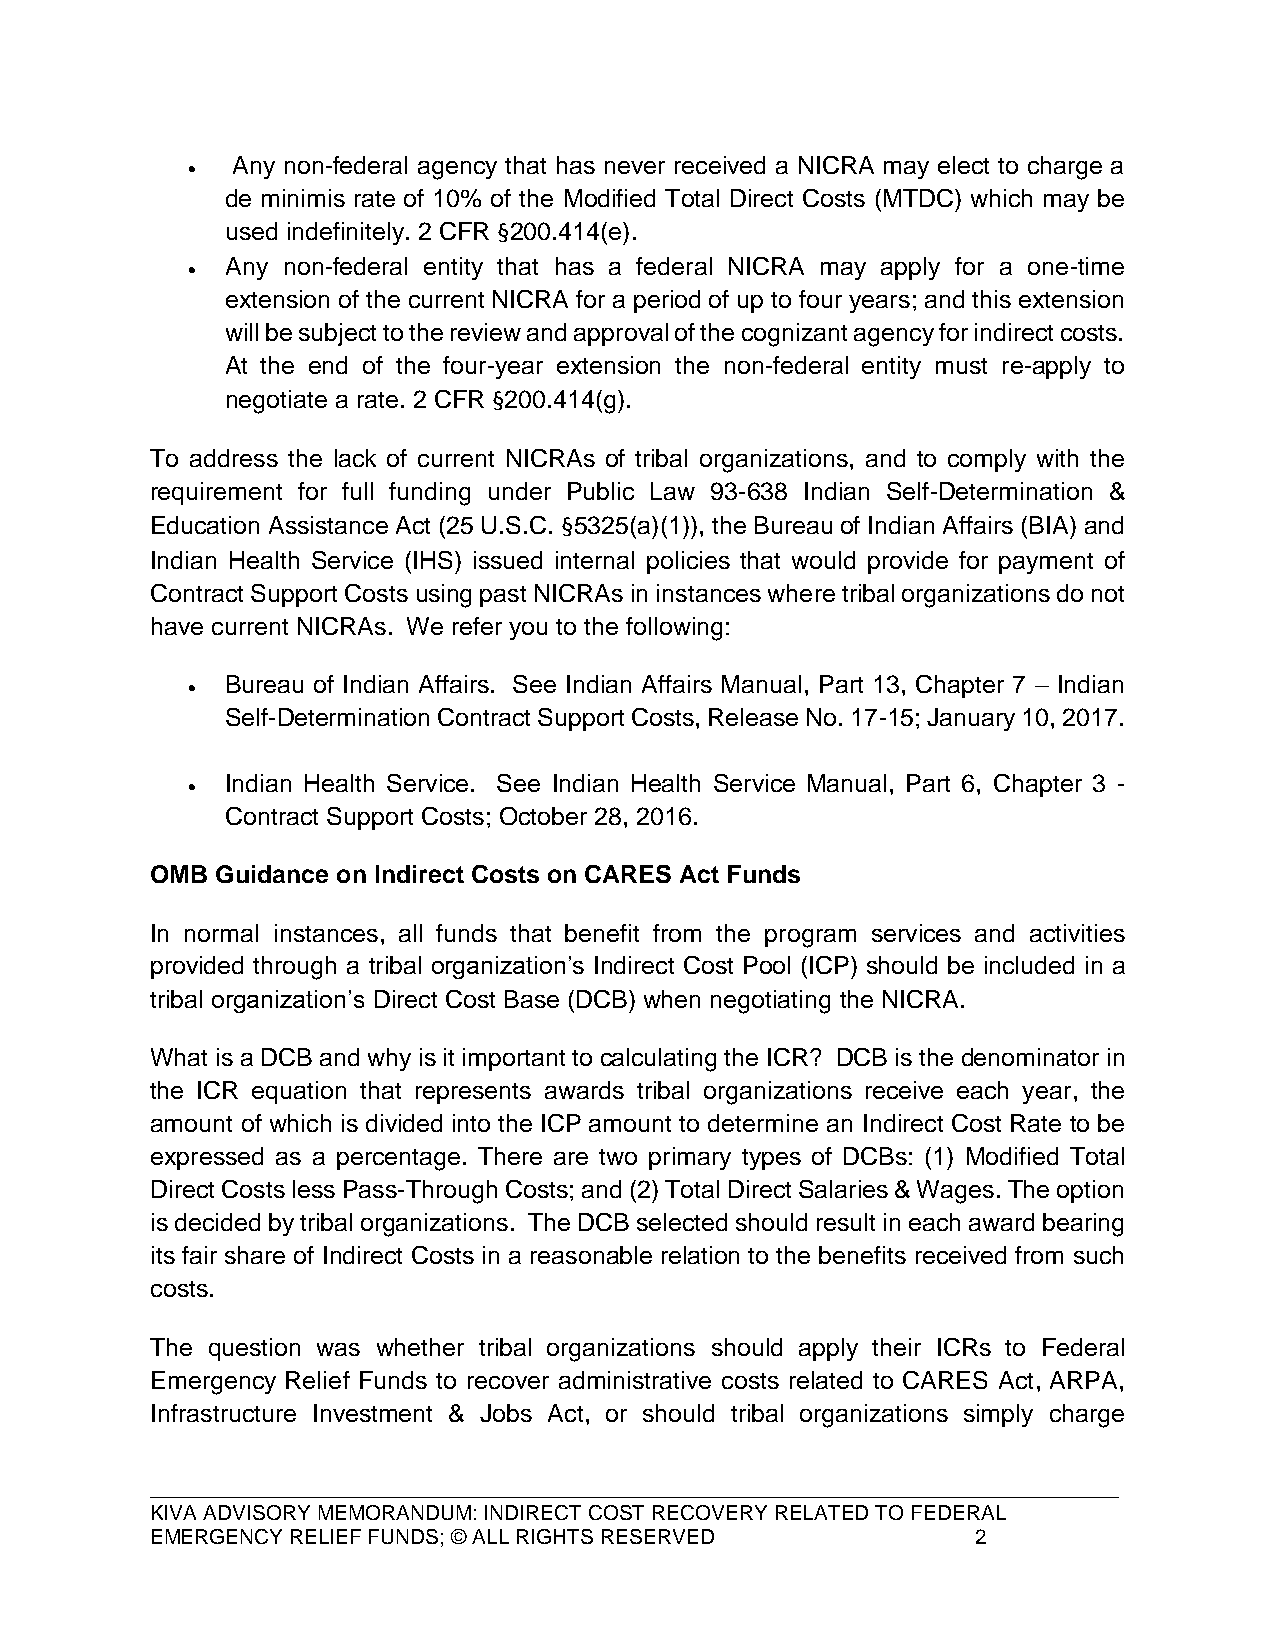
Any non-federal agency that has never received a NICRA may elect to charge a
 •
 de minimis rate of 10% of the Modified Total Direct Costs (MTDC) which may be
 used indefinitely. 2 CFR §200.414(e).
 Any non-federal entity that has a federal NICRA may apply for a one-time
 •
 extension of the current NICRA for a period of up to four years; and this extension
 will be subject to the review and approval of the cognizant agency for indirect costs.
 At the end of the four-year extension the non-federal entity must re-apply to
 negotiate a rate. 2 CFR §200.414(g).
 To address the lack of current NICRAs of tribal organizations, and to comply with the
 requirement for full funding under Public Law 93-638 Indian Self-Determination &
 Education Assistance Act (25 U.S.C. §5325(a)(1)), the Bureau of Indian Affairs (BIA) and
 Indian Health Service (IHS) issued internal policies that would provide for payment of
 Contract Support Costs using past NICRAs in instances where tribal organizations do not
 have current NICRAs. We refer you to the following:
 Bureau of Indian Affairs. See Indian Affairs Manual, Part 13, Chapter 7 – Indian
 •
 Self-Determination Contract Support Costs, Release No. 17-15; January 10, 2017.
 Indian Health Service. See Indian Health Service Manual, Part 6, Chapter 3 -
 •
 Contract Support Costs; October 28, 2016.
 OMB Guidance on Indirect Costs on CARES Act Funds
 In normal instances, all funds that benefit from the program services and activities
 provided through a tribal organization’s Indirect Cost Pool (ICP) should be included in a
 tribal organization’s Direct Cost Base (DCB) when negotiating the NICRA.
 What is a DCB and why is it important to calculating the ICR? DCB is the denominator in
 the ICR equation that represents awards tribal organizations receive each year, the
 amount of which is divided into the ICP amount to determine an Indirect Cost Rate to be
 expressed as a percentage. There are two primary types of DCBs: (1) Modified Total
 Direct Costs less Pass-Through Costs; and (2) Total Direct Salaries & Wages. The option
 is decided by tribal organizations. The DCB selected should result in each award bearing
 its fair share of Indirect Costs in a reasonable relation to the benefits received from such
 costs.
 The question was whether tribal organizations should apply their ICRs to Federal
 Emergency Relief Funds to recover administrative costs related to CARES Act, ARPA,
 Infrastructure Investment & Jobs Act, or should tribal organizations simply charge
 ____________________________________________________________________________
 KIVA ADVISORY MEMORANDUM: INDIRECT COST RECOVERY RELATED TO FEDERAL
 EMERGENCY RELIEF FUNDS; © ALL RIGHTS RESERVED          2